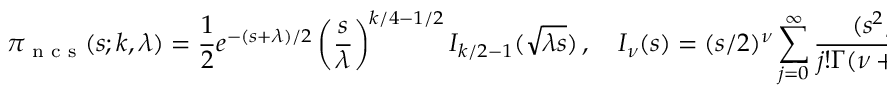
\pi _ { \textrm { n c s } } ( s ; k , \lambda ) = { \frac { 1 } { 2 } } e ^ { - ( s + \lambda ) / 2 } \left( { \frac { s } { \lambda } } \right) ^ { k / 4 - 1 / 2 } I _ { k / 2 - 1 } ( { \sqrt { \lambda s } } ) \, , \quad I _ { \nu } ( s ) = ( s / 2 ) ^ { \nu } \sum _ { j = 0 } ^ { \infty } { \frac { ( s ^ { 2 } / 4 ) ^ { j } } { j ! \Gamma ( \nu + j + 1 ) } } \, ,